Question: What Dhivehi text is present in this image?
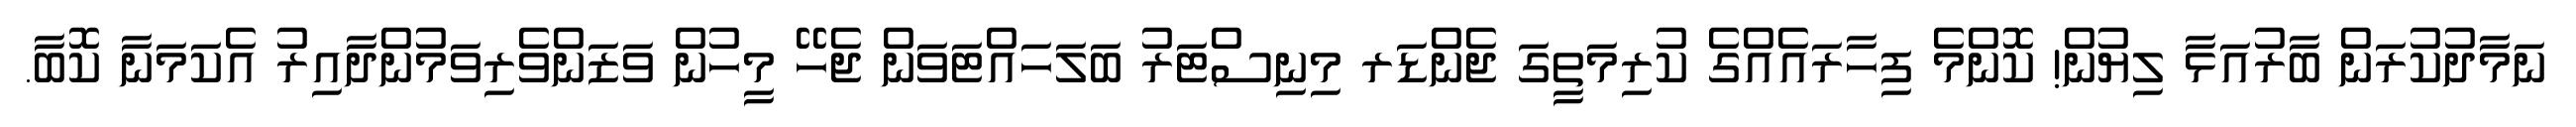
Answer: ނަމާދުކުރަން ބާރުއަޅާ ލިޔުން! ކޮންމެ ފިހާރައެއްގެ ކުރިމަތީގަ ޖެންޑަރ މިނިސްޓަރު ބަލަހައްޓަވަން ޖެހޭ މީހުން ވަޒަންވެރިވަމުންދާއިރު އެކަމަނާ ކޮބާ.